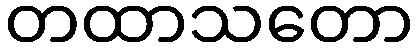
တထာသတော